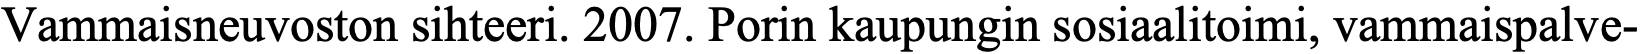
Vammaisneuvoston sihteeri. 2007. Porin kaupungin sosiaalitoimi, vammaispalve-